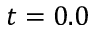
t = 0 . 0